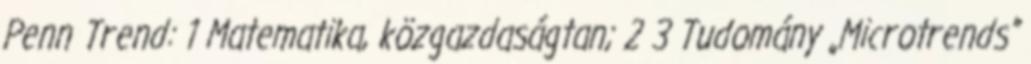
Penn Trend: 1 Matematika, közgazdaságtan; 2 3 Tudomány „Microtrends”